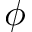
\phi